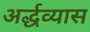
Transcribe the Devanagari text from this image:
अर्द्धव्यास